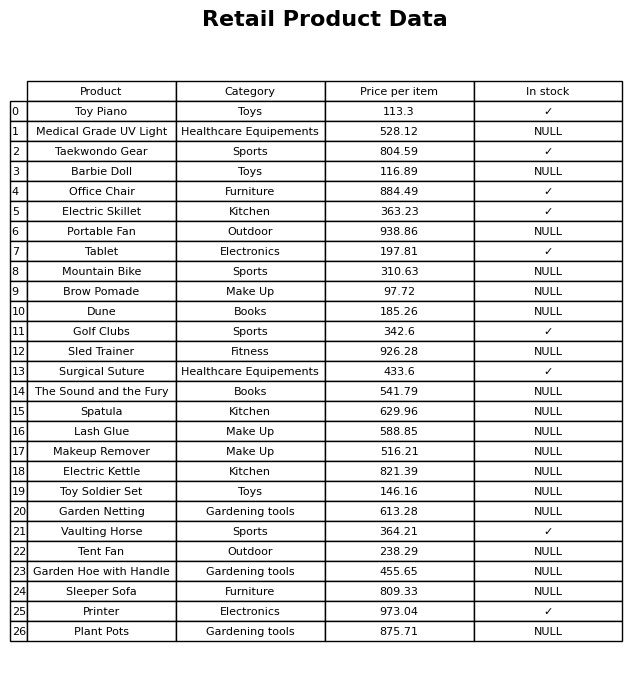
question: Is the Tablet in stock?
answer: ✓